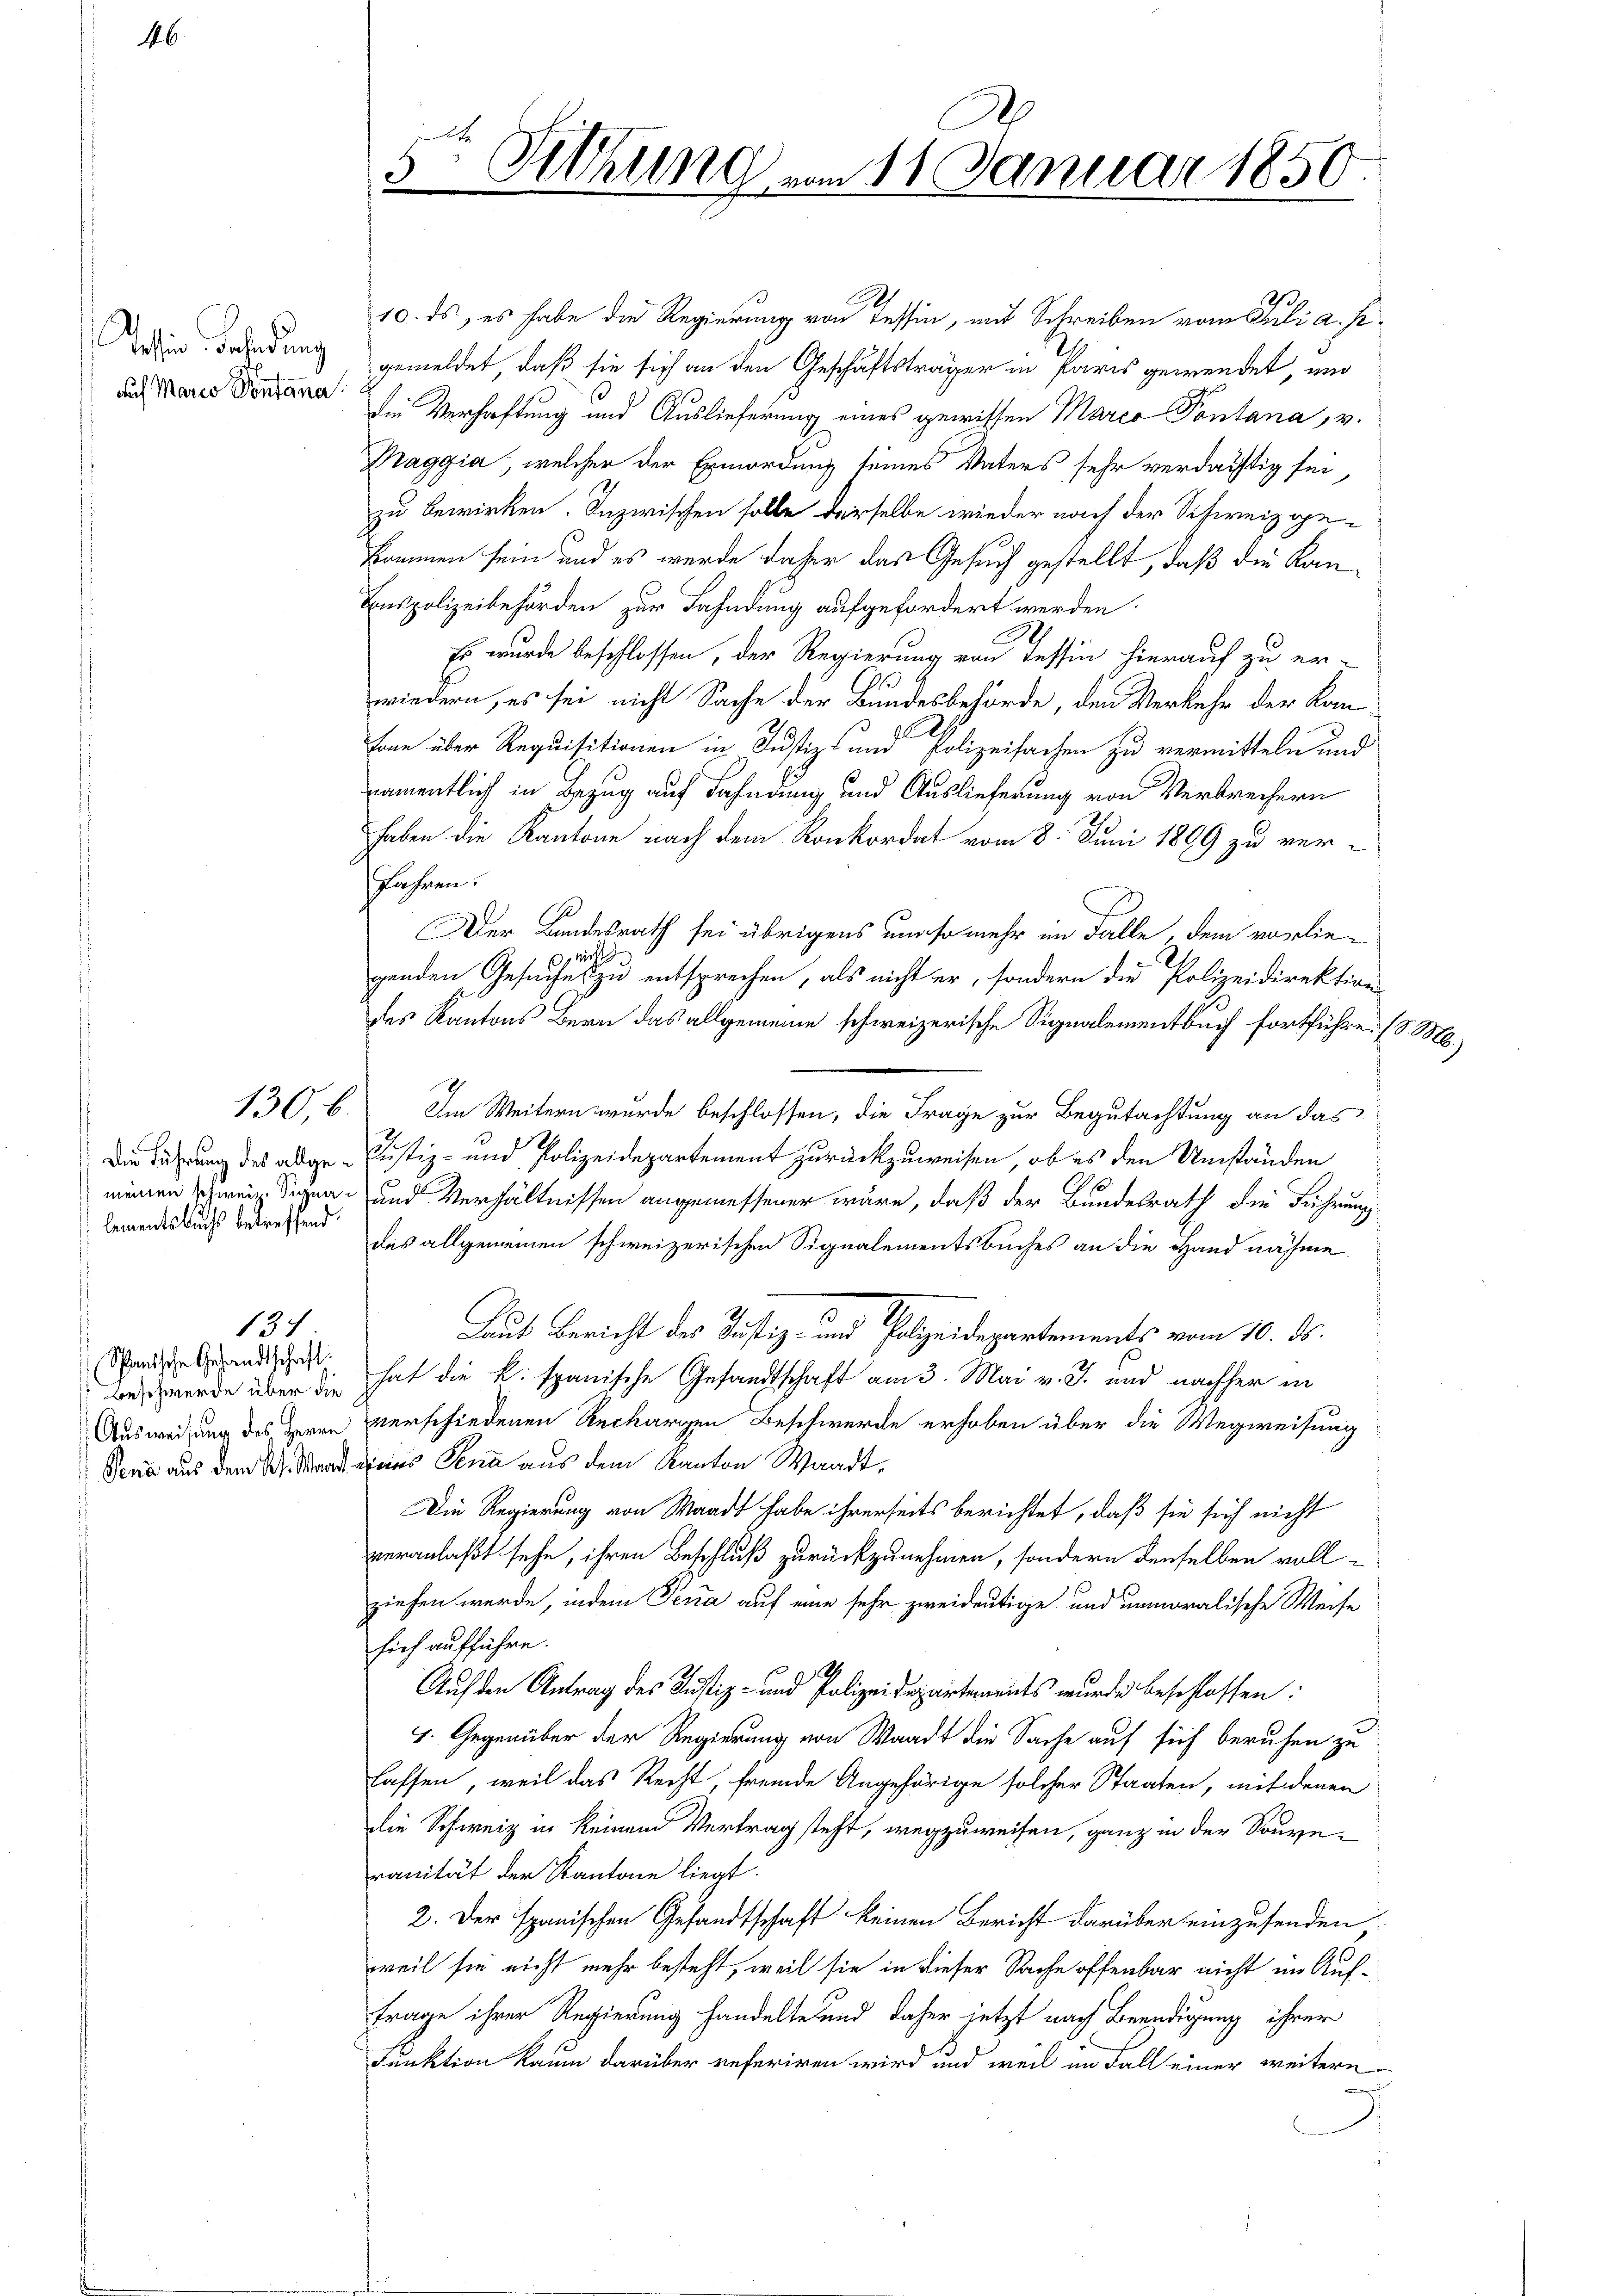
46

Seien Behindung
auf Marco Pontana

lementsbuchs betreffend

134

Spanische Gesandtschaft

Sitzung vom 11. Januar 1850

10. ds, es habe die Regierung von Tessin, mit Schreiben vom Juli a. p.
gemeldet, daß sie sich an den Geschäftsträger in Paris gewendet, und
die Verhaftung und Auslieferung eines gewissen Marco Pontana, v.
Maggia, welcher der Ermordung seines Vaters sehr verdächtig sei,
zu bewirken. Inzwischen solle derselbe wieder nach der Schweiz gekommen sein und es werde daher das Gesuch gestellt, daß die Kan¬
Enspolizeibehörden zur Fahndung aufgefordert werden.
Es wurde beschlossen, der Regierung von Tessin hierauf zu er-
wiedern, es sei nicht Sache der Bundesbehörde, den Verkehr der Kan¬
Eone über Requisitionen in Justiz- und Polizeisachen zu vermitteln und
namentlich in Bezug auf Fahndung und Auslieferung von Verbrechern
haben die Kantone nach dem Konkordat vom 8. Juni 1899 zu verfahnen.
Der Bundesrath sei übrigens um so mehr im Falle, dem vorliewichts
genden Gesuches zu entsprechen, als nicht er, sondern die Polizeidirektion
des Kantons Bern das allgemeine schweizerische Signalementbuch fortführe. (d. M.)
130. b. Im Weitern wurde beschlossen, die Frage zur Begutachtung an das
Die Führung des allge- Justiz- und Polizeidepartement zurückzuweisen, ob es den Umständen
meinen Schinein. Segen und Verhältnissen angemessener wäre, daß der Bundesrath die Führung
des allgemeinen schweizerischen Signalementsbuches an die Hand nähme.
Laut Bericht des Justiz- und Polizeidepartements vom 10. ds.
Beschwerde über die hat die k. spanische Gesandtschaft am 3. Mai v. J. und nachher in
Ausweisung des Herrn verschiedenen Rechargen Beschwerde erhoben über die Wegweisung
Vena aus dem M. War eines Sena aus dem Kanton Waadt,
Die Regierung von Waadt habe ihrerseits berichtet, daß sie sich nicht
veranlaßt sehe, ihren Beschluß zurückzunehmen, sondern denselben vollziehen werde, indem Penia auf eine sehr zweideutige und unmoralische Weise
sich aufführe.
h
Auf den Antrag des Justiz- und Polizeidepartements wurde beschlossen:
4. Gegenüber der Regierung von Waadt die Sache auf sich beruhen zu
lassen, weil das Recht, fremde Angehörige solcher Staaten, mit denen
die Schweiz in keinem Vertrag steht, wegzuweisen, ganz in der Souveranität der Kantone liegt.
2. Der Spanischen Gesandtschaft keinen Bericht darüber einzusenden.
weil sie nicht mehr besteht, weil sie in dieser Sache offenbar nicht im Auftrage ihrer Regierung handelte und daher jetzt nach Beendigung ihrer
Funktion kaum darüber referiren wird und weil im Fall einer weitern
.